Indian Medical Review
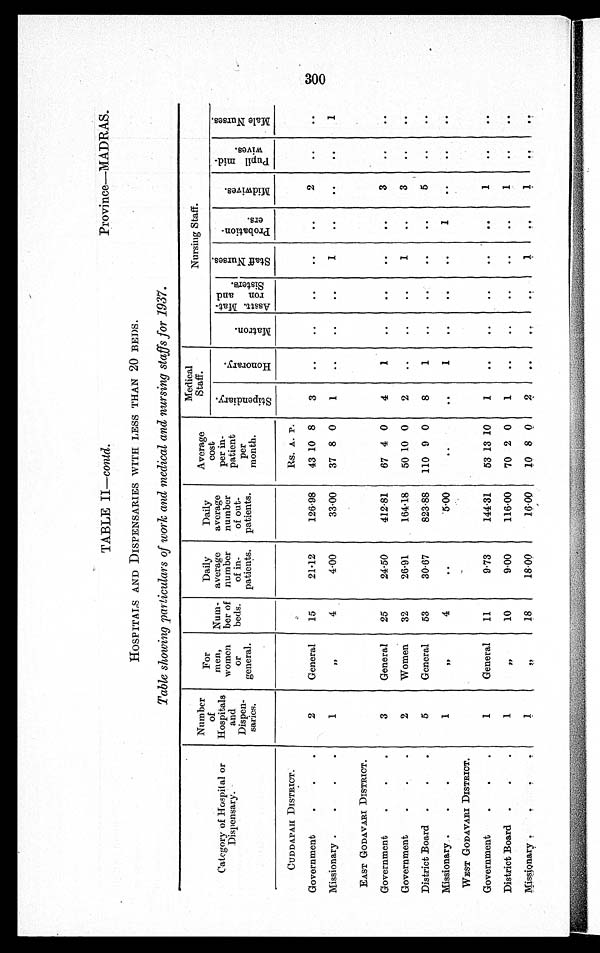
TABLE II— c o n t d .
Province—MADRAS.
HOSPITALS AND DISPENSARIES WITH LESS THAN 20 BEDS.
Table showing particulars of work and medical and nursing staffs for 1937.
Category of Hospital or
Dispensary.
Number
of
Hospitals
and
Dispen- •
saries.
For
men,
women
or
general.
Num-
ber of
beds.
Daily
average
number
of in-
patients.
Daily
average
number
of out-
patients.
Average
cost
per in-
patient
per
month.
Medical
Staff.
Nursing Staff.
S t i p e n d i a r y .
H o n o r a r y .
M a t r o n .
As s t t . Ma t .
r on and
Si st er s.
S t a f f N u r s e s .
P r o b a t i o n -
er s.
M i d w i v e s . P u p i l m i d -
w i v e s .
M a l e N u r s e s .
CUDDAPAH DISTRICT.
Rs. A. P.
Government
2
General
15
21·12
126·98
43 10 8
3
. .
..
..
..
..
2
..
. .
Missionary
1
"
4
4·00
33·00
37 8 0
1
..
. .
. . 1
..
. .
. .
1
EAST GODAVARI DISTRICT.
Government
3
General
25
24·50
412·81
67 4 0
4
1
..
..
. .
..
3
..
. .
Government
2
Women
32
26·91
164·18
50 10 0
2
..
..
..
1
. .
3
. .
. .
District Board
5
General
53
30·67
823·88
110 9 0
8
1
. .
..
..
. .
5
. .
. .
Missionary
1
"
4
. .
5·00
..
..
1
. .
. . ..
1
..
. .
. .
WEST GODAVARI DISTRICT.
Government
1
General
11
9·73
144·31
53 13 10
1
. .
..
. . ..
. .
1
. .
. .
District Board
1
"
10
9·00
116·00
70 2 0
1
. .
..
. . ..
. .
1
. .
. .
Missionary
1 "
18
18·00
16·00
10 8 0
2
. .
. .
. .
1
. .
1
. .
. .
300